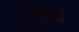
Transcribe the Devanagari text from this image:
ब्रम्हपुरीत